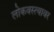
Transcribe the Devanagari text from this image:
लोकवस्त्यावर